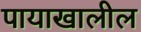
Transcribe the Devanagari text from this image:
पायाखालील